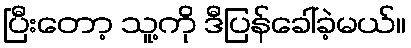
ပြီးတော့ သူ့ကို ဒီပြန်ခေါ်ခဲ့မယ်။